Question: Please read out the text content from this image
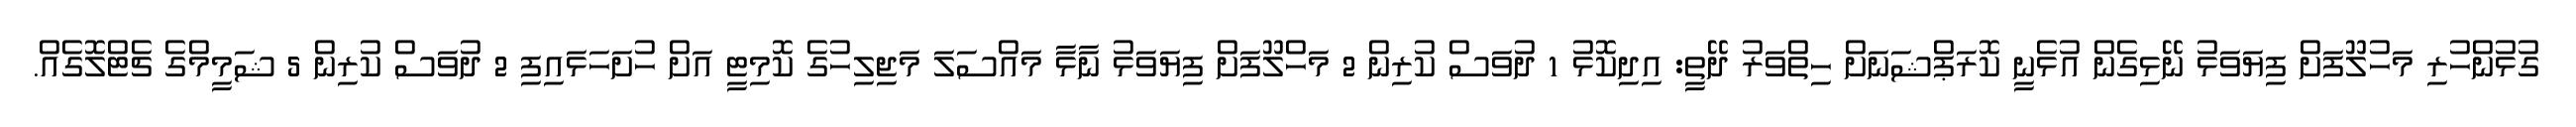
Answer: ގުޅުންހުރި މަހުލޫފަށް ފިޔަވަޅު ނޭޅިގެން އުޅެނީ ކޮރަޕްޝަނަށް ހިތްވަރު ދޭތީ: އިދިކޮޅު 1 ދުވަސް ކުރިން 2 މަހްލޫފަށް ފިޔަވަޅު ނާޅާ މައްސަލަ މަޖިލިހުގެ ކޮމިޓީ އަށް ހުށަހަޅައިފި 2 ދުވަސް ކުރިން 5 ޝަމީމްގެ ޗެޓްލޮގެއް.